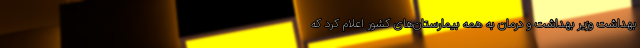
بهداشت وزیر بهداشت و درمان به همه بیمارستان‌های کشور اعلام کرد که